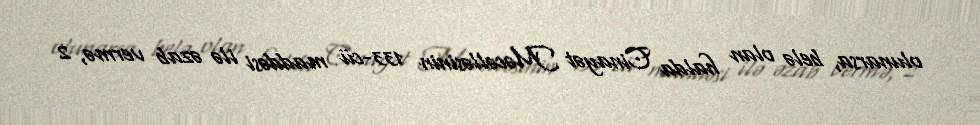
olunarsa, belə olan halda Cinayət Məcəlləsinin 133-cü maddəsi ilə əzab vermə, 2